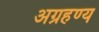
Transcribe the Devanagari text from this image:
अग्रहण्य